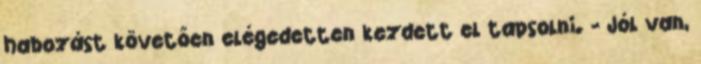
habozást követően elégedetten kezdett el tapsolni. - Jól van,